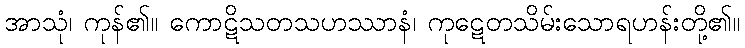
အာသုံ၊ ကုန်၏။ ကောဋိသတသဟဿာနံ၊ ကုဋေတသိမ်းသောရဟန်းတို့၏။